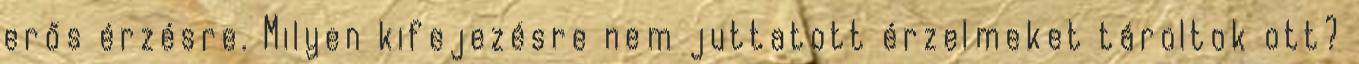
erős érzésre. Milyen kifejezésre nem juttatott érzelmeket tároltok ott?